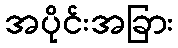
အပိုင်းအခြား